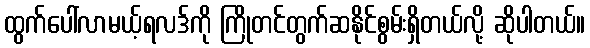
ထွက်ပေါ်လာမယ့်ရလဒ်ကို ကြိုတင်တွက်ဆနိုင်စွမ်းရှိတယ်လို့ ဆိုပါတယ်။